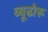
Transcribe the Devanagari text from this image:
व्यूढोरू